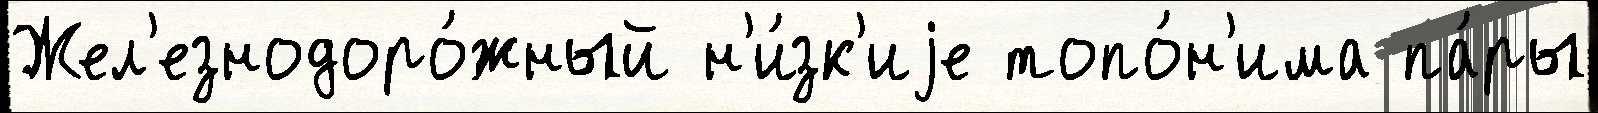
Жел'езнодоро́жный н'и́зк'иjе топо́н'има па́ры